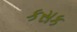
કસક